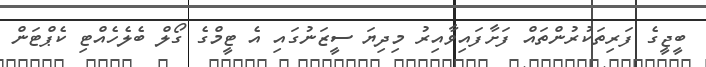
ބީޖީގެ ފަރިތަކުރުންތައް ފަށާފައިވާއިރު މިދިޔަ ސީޒަނުގައި އެ ޓީމްގެ ގޯލް ބެލެހެއްޓި ކެޕްޓަން